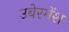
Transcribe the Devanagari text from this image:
उबेरमेंश